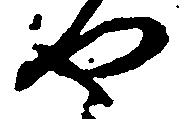
や